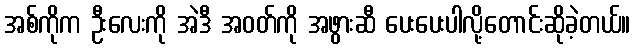
အစ်ကိုက ဦးလေးကို အဲဒီ အဝတ်ကို အဖွားဆီ ပေးပေးပါလို့တောင်းဆိုခဲ့တယ်။